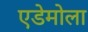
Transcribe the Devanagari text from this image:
एडेमोला